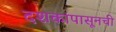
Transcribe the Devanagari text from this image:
दशकांपासूनची